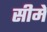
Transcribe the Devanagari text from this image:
सीमे